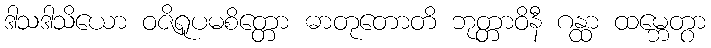
ဒါသဒါသိယော ဝဇိရူပမစိတ္တော ဓာတုတောတိ ဘုတ္တာဝိနီ ဂန္ထာ ထမ္ဘေတွာ